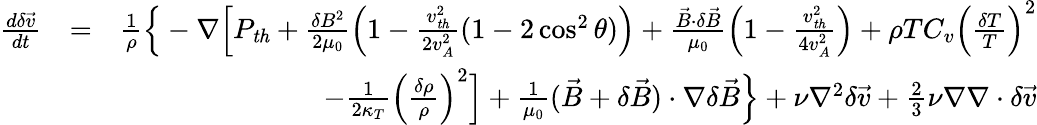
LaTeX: \begin{array}{rlr}{\frac{d\delta\vec{v}}{dt}}&{=}&{\frac{1}{\rho}\Big\{ -\nabla\Big[P_{\mathit{th}}+\frac{\delta B^{2}}{2\mu_{0}}\Big(1-\frac{v_{\mathit{th}}^{2}}{2v_{A}^{2}}(1-2\cos^{2}\theta)\Big)+\frac{\vec{B}\cdot\delta\vec{B}}{\mu_{0}}\Big(1-\frac{v_{\mathit{th}}^{2}}{4v_{A}^{2}}\Big)+\rho TC_{v}\Big(\frac{\delta T}{T}\Big)^{2}}\\ &{}&{-\frac{1}{2\kappa_{T}}\Big(\frac{\delta\rho}{\rho}\Big)^{2}\Big]+\frac{1}{\mu_{0}}(\vec{B}+\delta\vec{B})\cdot\nabla\delta\vec{B}\Big\} +\nu\nabla^{2}\delta\vec{v}+{\textstyle\frac{2}{3}}\nu\nabla\nabla\cdot\delta\vec{v}}\end{array}